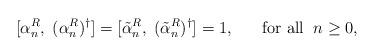
LaTeX: \begin{align*}[\alpha^R_n,\;(\alpha^R_n)^{\dag}]=[\tilde{\alpha}^R_n,\;(\tilde{\alpha}^R_n)^{\dag}]=1,\;\;\;\;\;\;\mbox{for all}\;\;n\geq 0,\end{align*}